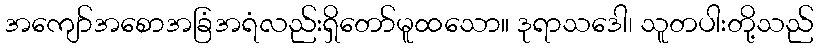
အကျော်အစောအခြံအရံလည်းရှိတော်မူထသော။ ဒုရာသဒေါ၊ သူတပါးတို့သည်